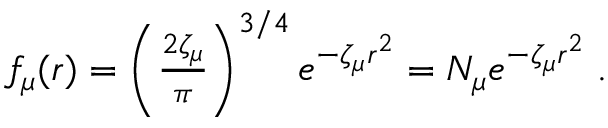
\begin{array} { r } { f _ { \mu } ( \boldsymbol { r } ) = \left( \frac { 2 \zeta _ { \mu } } { \pi } \right) ^ { 3 / 4 } e ^ { - \zeta _ { \mu } r ^ { 2 } } = N _ { \mu } e ^ { - \zeta _ { \mu } r ^ { 2 } } \; . } \end{array}